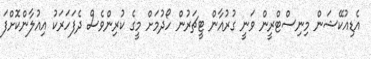
އެޑިއުކޭޝަން މިނިސްޓްރީން ވަނީ ގުރުއާން ޓީޗަރުން ހޯދުމަށް މީގެ ކުރިންވެސް ދެފަހަރަކު އިއުލާންކޮށްފަ